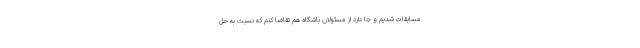
مسابقات شدیم و جا دارد از مسئولان باشگاه هم تقاضا کنم که نسبت به حل